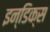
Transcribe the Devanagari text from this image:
इन्डिक्स